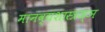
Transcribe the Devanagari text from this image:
मानव्यशास्त्रज्ञ